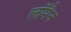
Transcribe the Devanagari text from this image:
लॉमैन